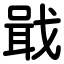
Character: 戢